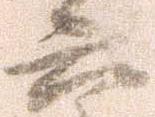
六